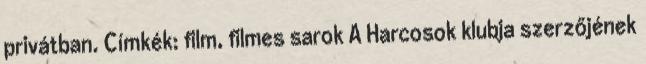
privátban. Címkék: film, filmes sarok A Harcosok klubja szerzőjének